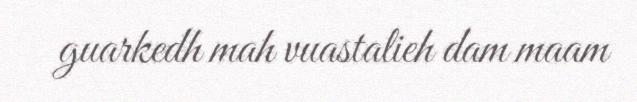
guarkedh mah vuastalieh dam maam